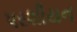
પરશીયન